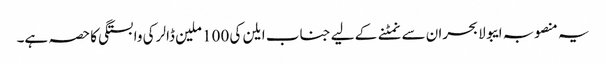
یہ منصوبہ ایبولا بحران سے نمٹنے کے لیے جناب ایلن کی 100 ملین ڈالر کی وابستگی کا حصہ ہے۔